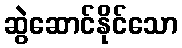
ဆွဲဆောင်နိုင်သော